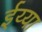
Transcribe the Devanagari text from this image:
ईय्या